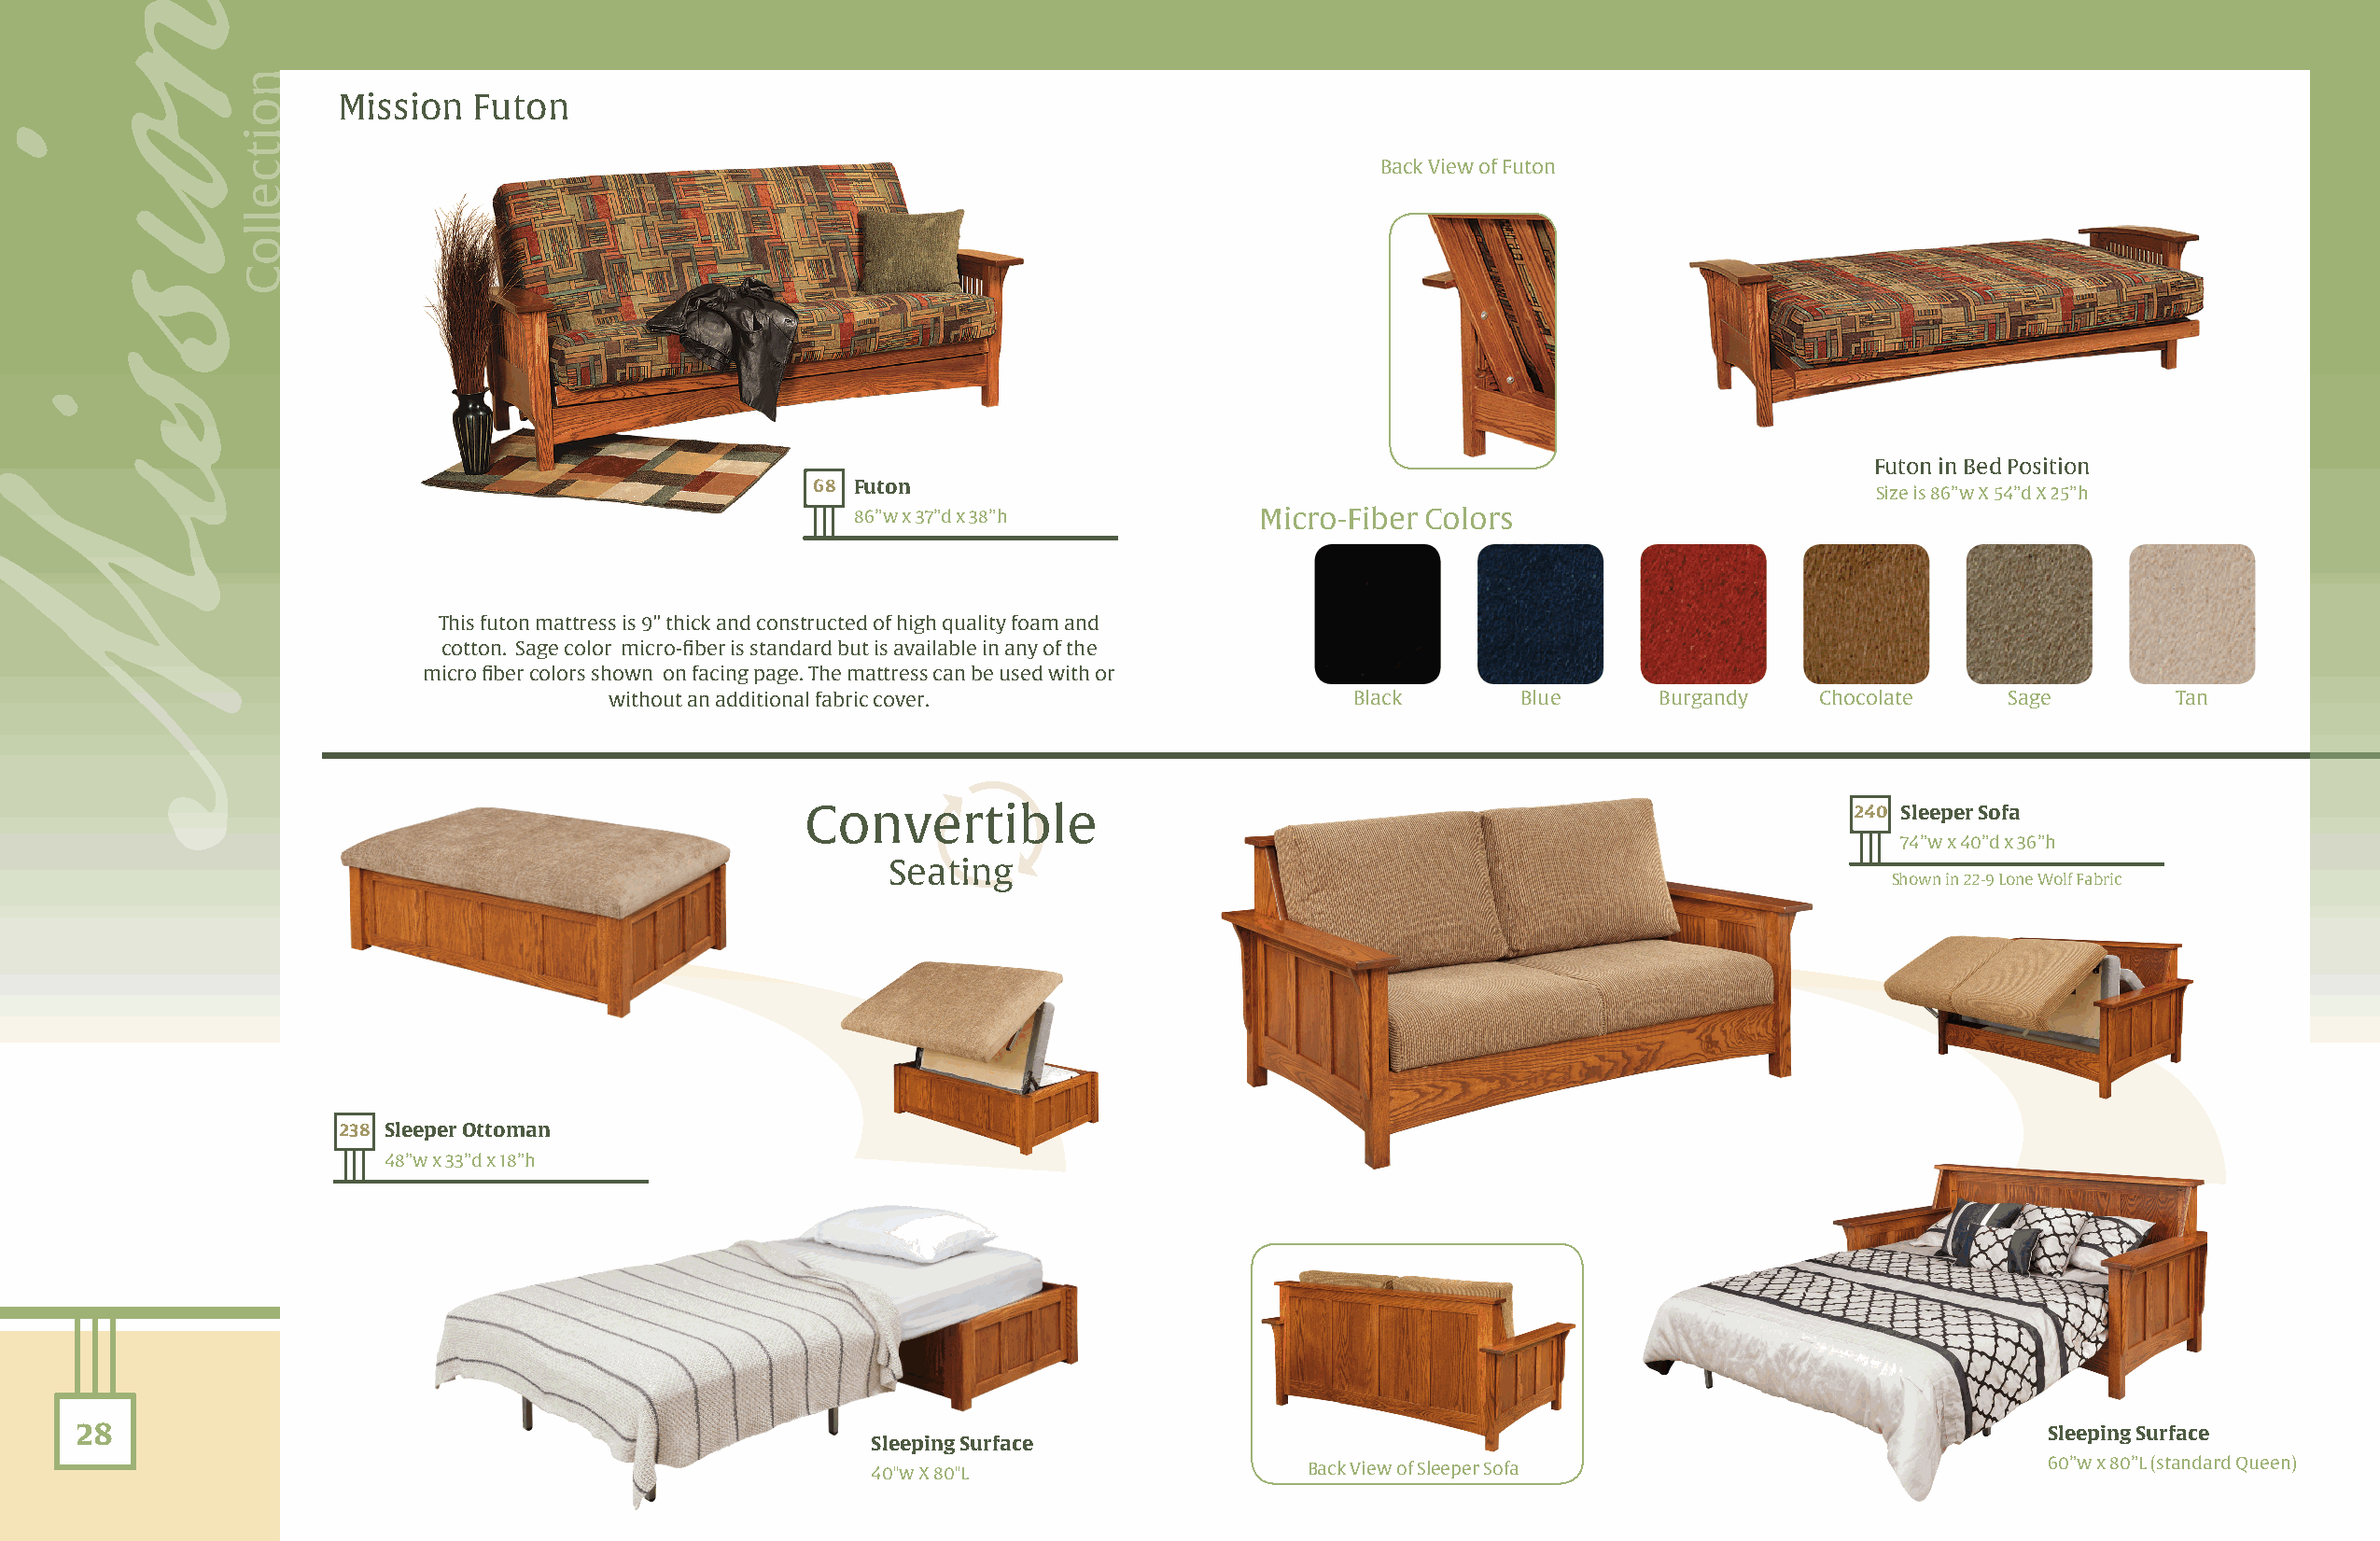
Mission   Futon
 Back View of Futon
 Futon in Bed Position
 68 Futon
 Size is 86”w X 54”d X 25”h
 86”w x 37”d x 38”h          Micro-Fiber Colors
 This futon mattress is 9” thick and constructed of high quality foam and
 cotton. Sage color micro-fiber is standard but is available in any of the
 micro fiber colors shown on facing page. The mattress can be used with or
 without an additional fabric cover.                  Black       Blue      Burgandy   Chocolate    Sage        Tan
 Convertible                                                                240 Sleeper Sofa
 74”w x 40”d x 36”h
 Seating
 Shown in 22-9 Lone Wolf Fabric
 238 Sleeper Ottoman
 48”w x 33”d x 18”h
 28                                                                                                                                          Sleeping Surface
 Sleeping Surface
 40"w X 80"L                    Back View of Sleeper Sofa                           60”w x 80”L (standard Queen)
 onisisM
 noitcelloC